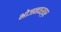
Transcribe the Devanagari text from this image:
भोजनवस्त्र